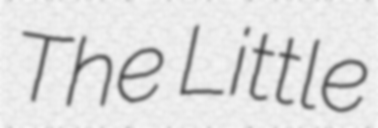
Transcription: The Little